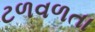
ટળવળતા